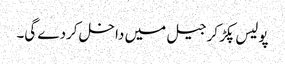
پولیس پکڑ کر جیل میں داخل کردے گی۔